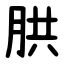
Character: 㬴